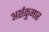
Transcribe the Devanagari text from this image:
अर्शकुमार